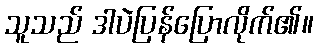
သူသည် ဒါပဲပြန်ပြောလိုက်၏။